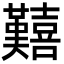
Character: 囏